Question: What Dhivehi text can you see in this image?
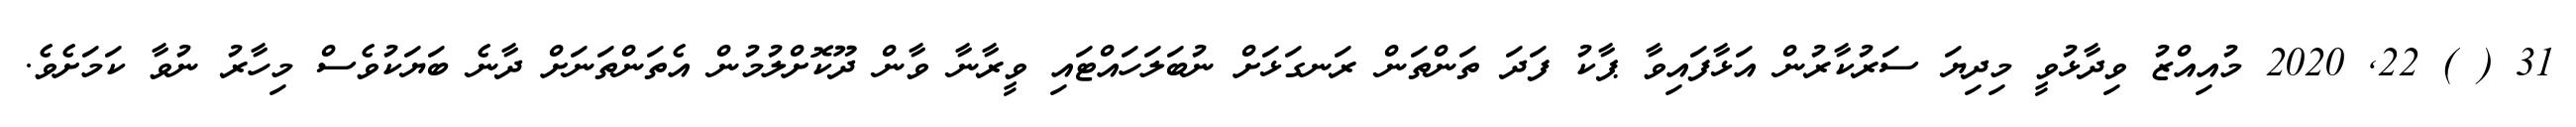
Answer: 31 ( ) 22, 2020 މުއިއްޒު ވިދާޅުވީ މިދިޔަ ސަރުކާރުން އަޅާފައިވާ ޕާކު ފަދަ ތަންތަން ރަނގަޅަށް ނުބަލަހައްޓައި ވީރާނާ ވާން ދޫކޮށްލުމުން އެތަންތަނަށް ދާނެ ބަޔަކުވެސް މިހާރު ނުވާ ކަމަށެވެ.